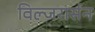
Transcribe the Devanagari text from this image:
विल्जरार्सन